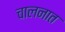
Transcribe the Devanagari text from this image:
चालनात